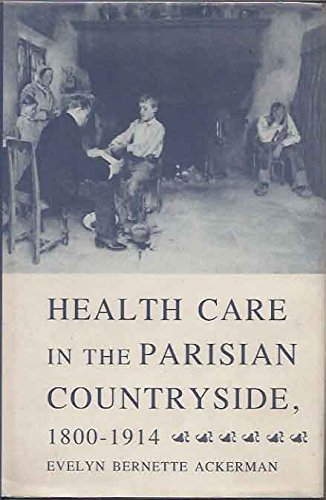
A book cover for Health Care in the Parisian Countryside, 1800-1914; Evelyn Ackerman; Medical Books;